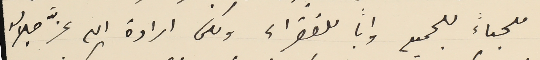
ملجاءً للجميع واباً للفقراء ولكن ارادة الله عزَّ جلاله